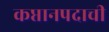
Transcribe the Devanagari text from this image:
कप्तानपदाची